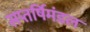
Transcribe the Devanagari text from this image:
सप्तर्षिमंडल